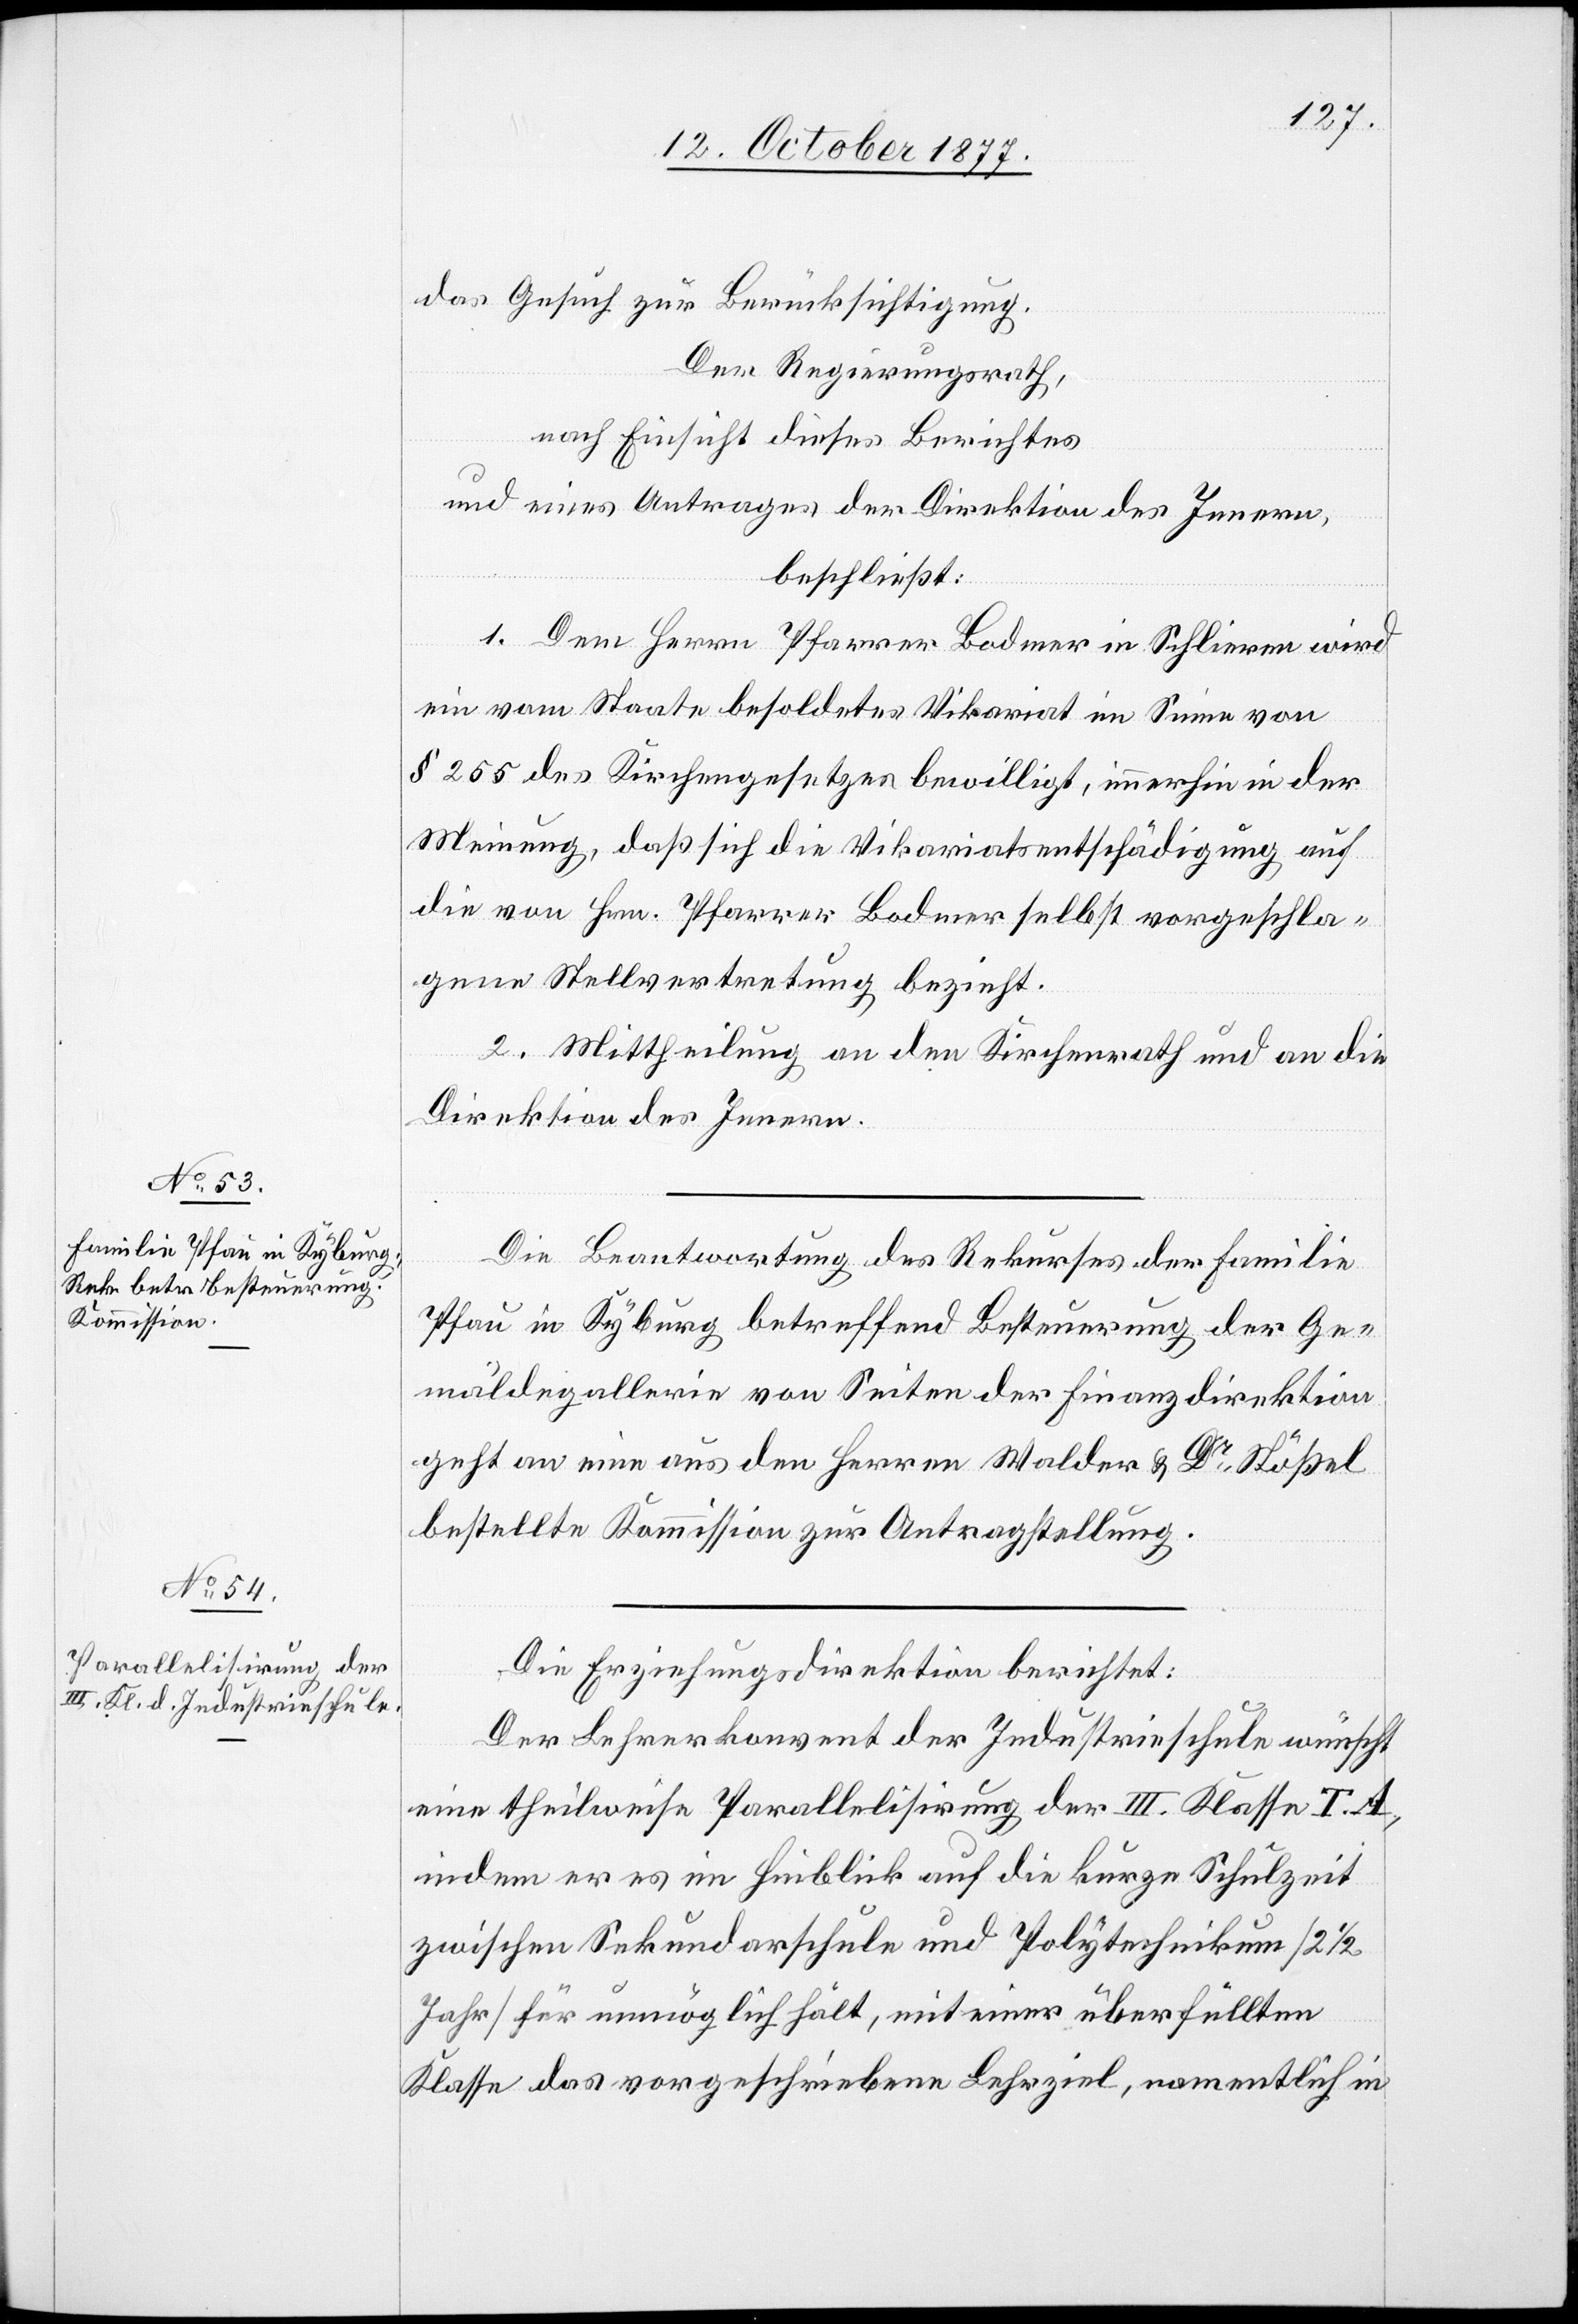
das Gesuch zur Berücksichtigung.
Der Regierungsrath,
nach Einsicht dieses Berichtes
und eines Antrages der Direktion des Innern,
beschließt:
1. Dem Herrn Pfarrer Bodmer in Schlieren wird
ein vom Staate besoldetes Vikariat im Sinne von
§ 255 des Kirchengesetzes bewilligt, immerhin in der
Meinung, daß sich die Vikariatsentschädigung auf
die von Hrn. Pfarrer Bodmer selbst vorgeschla¬
gene Stellvertretung bezieht.
2. Mittheilung an den Kirchenrath und an die
Direktion des Innern.
Die Beantwortung des Rekurses der Familie
Pfau in Kyburg betreffend Besteuerung der Ge¬
mäldegallerie von Seiten der Finanzdirektion
geht an eine aus den Herren Walder & Dr Stößel
bestellte Kommission zur Antragstellung.
Die Erziehungsdirektion berichtet:
Der Lehrerkonvent der Industrieschule wünscht
eine theilweise Parallelisirung der III. Klasse T. A.,
indem er es im Hinblick auf die kurze Schulzeit
zwischen Sekundarschule und Polytechnikum [2 1/2
Jahr[e]] für unmöglich hält, mit einer überfüllten
Klasse das vorgeschriebene Lehrziel, namentlich in